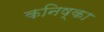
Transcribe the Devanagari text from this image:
कनिष्का